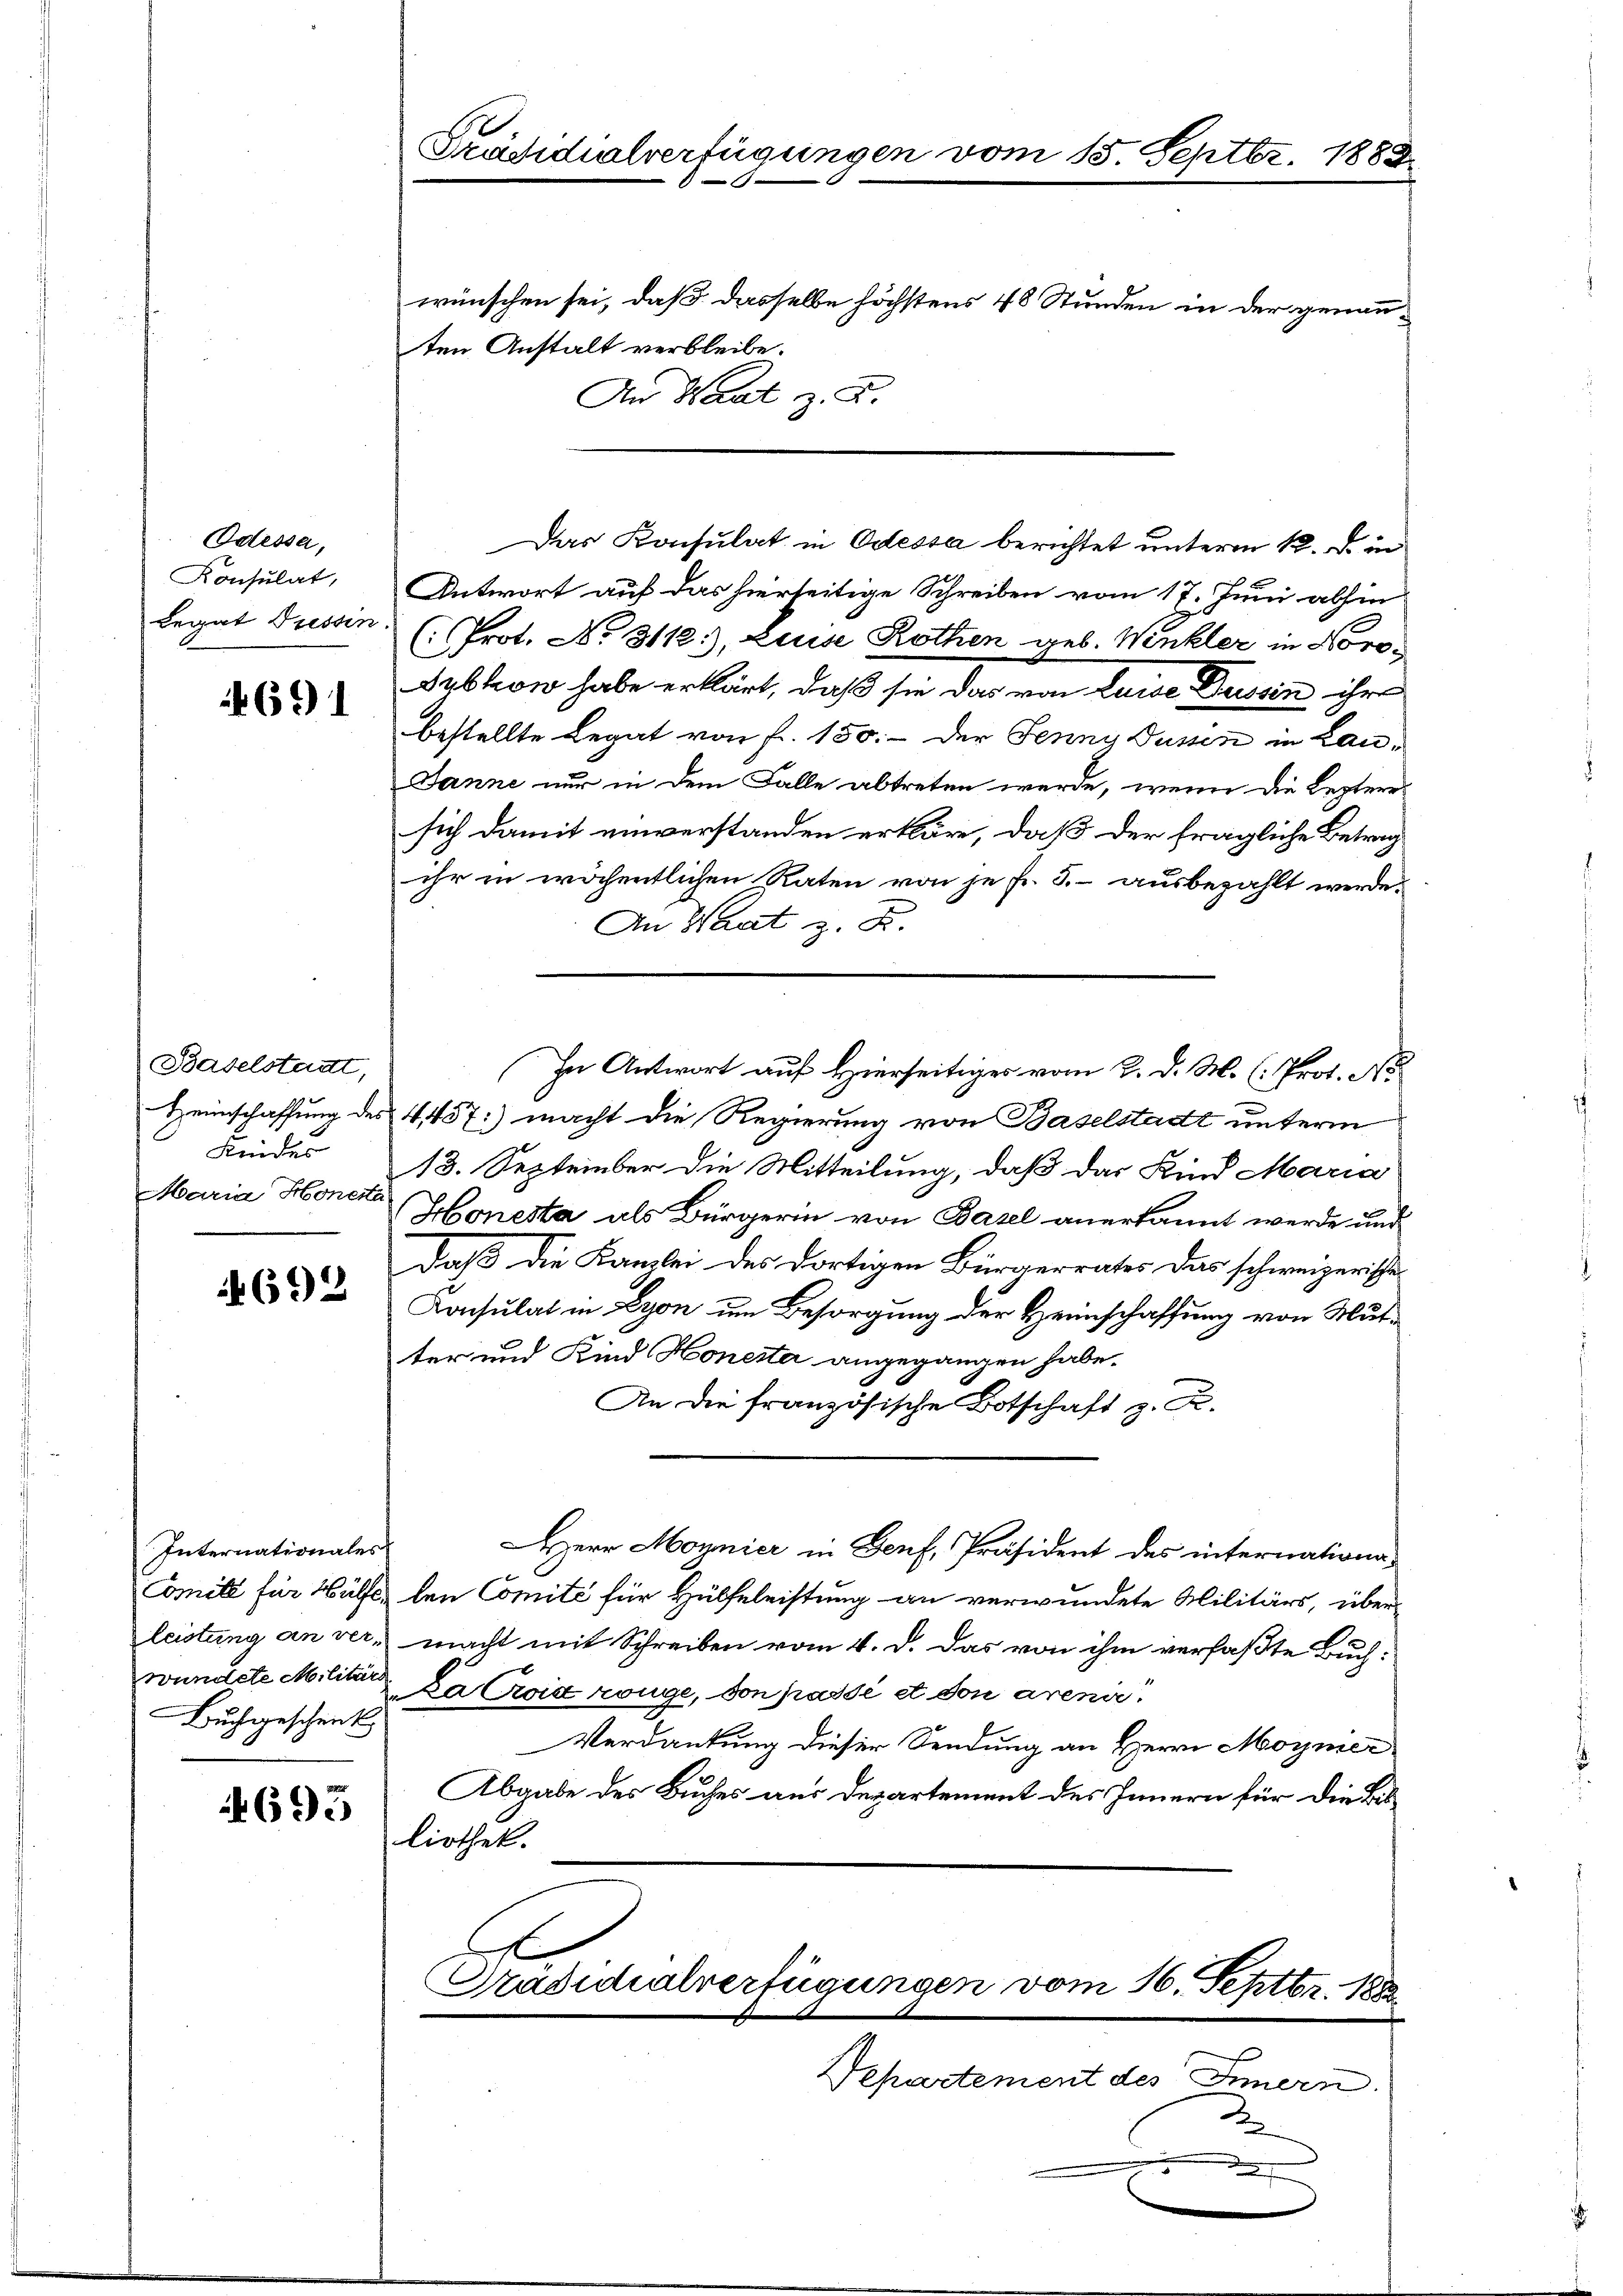
Odessa,
Konsulat,
Legat Tessin

691

Baselstadt,
Kindes
Maria Honerta

692

Internationales
Buchgeschenk

695

Präsidialverfügungen vom 15. Septbr. 1883.
wünschen sei, daß dasselbe höchstens 48 Stunden in der genannten Anstalt verbleibe.

An Waat z. B.
Das Konsulat in Odessa berichtet unterm 12. d. in
Antwort auf das hierseitige Schreiben vom 17. Juni abhin
(Prot. No. 3112), Luise Rothen geb. Winkler in Noro¬
Sektion habe erklärt, daß sie das von Luise Tessin ihr
bestellte Legat von fr. 150.- der Jenny Düssen in Lau¬
Janne nur in dem Falle abtreten werde, wenn die Leztere
sich damit einverstanden erkläre, daß der fragliche Betrag
ihr in wöchentlichen Raten von je Fr. J. ausbezahlt werde.
An Waat z. B.
Heimschaffung des 4457:) macht die Regierung von Baselstadt unterm
13. September die Mitteilung, daß das Kind Maria
Honesta als Bürgerin von Basel anerkannt werde und
Daß die Kanzlei des dortigen Bürgerrates das schweizerische
Konsulat in Lyon um Besorgung der Heimschaffung von Mutter und Kind Honeste angegangen habe.
An die französische Botschaft z. B.
Herr Moynier in Genf, Präsident des internations-
Comité für Hülfe, den Comité für Hülfeleistung an verwundete Militärs, über
leistung an ver macht mit Schreiben vom 4. d. das von ihm verfaßte Buchwundete Militar Cargie zöge, von passé et don avenir
Verdankung dieser Sendung an Herrn Moynier
Abgabe des Buches aus Departement des Innern für die Billiothek.
Pradidialverfügungen vom 16. Septbr. 188

In Antwort auf Hierseitiger vom 2. d. M. (: Prot. No

Departement des Innern.
2